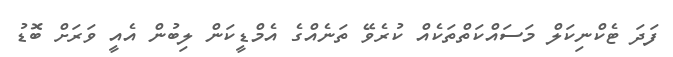
ފަދަ ޓެކްނިކަލް މަސައްކަތްތަކެއް ކުރެވޭ ތަނެއްގެ އެމްޑީކަން ލިބުން އެއީ ވަަރަށް ބޮޑު